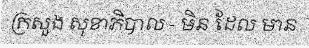
ក្រសួង សុខាភិបាល - មិន ដែល មាន